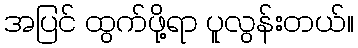
အပြင် ထွက်ဖို့ရာ ပူလွန်းတယ်။